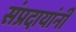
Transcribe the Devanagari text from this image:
संप्रदायांनी